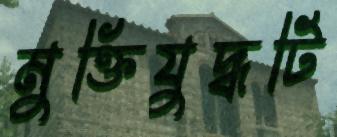
মুক্তিযুদ্ধটি